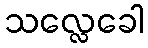
သလ္လေခေါ